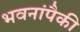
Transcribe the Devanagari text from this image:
भवनांपैकी